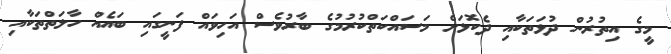
މީގެ އިތުރުން ދުޅަތަކާއި ދެކޮޅަށް މަސައްކަތްކުރުމުގެ ބާރުވެސް އަހިވައް ފަނީގައި ބައެއް ހާލަތްތަކާއި